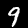
Label: 9